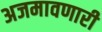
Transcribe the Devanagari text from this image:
अजमावणारी